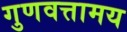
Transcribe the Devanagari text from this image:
गुणवत्तामय